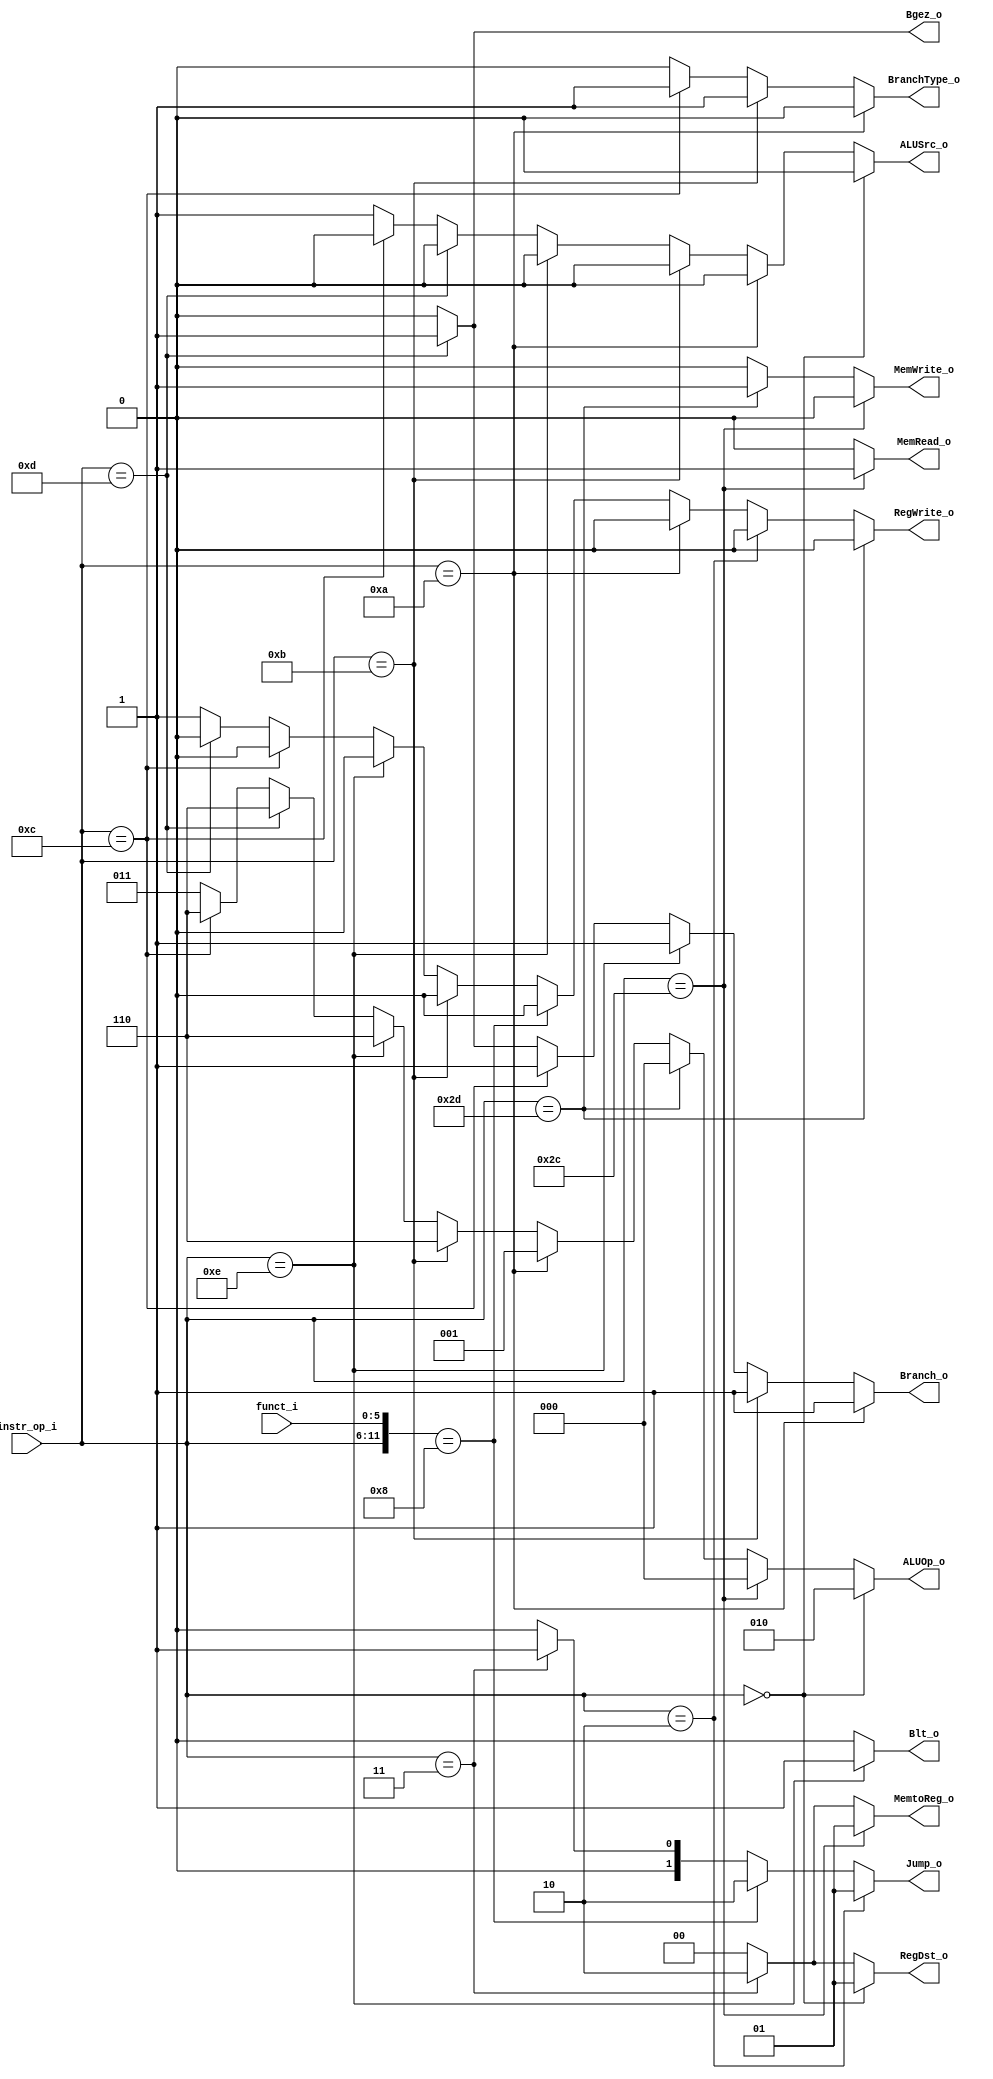
module Decoder( instr_op_i, funct_i, RegWrite_o,ALUOp_o, ALUSrc_o, RegDst_o , MemWrite_o, MemRead_o, MemtoReg_o, Branch_o, BranchType_o, Jump_o, Blt_o, Bgez_o);
     
//I/O ports
input	[6-1:0] 	instr_op_i;
input	[6-1:0]		funct_i;

output				RegWrite_o;
output	[3-1:0] 	ALUOp_o;
output				ALUSrc_o;
output	[2-1:0]		RegDst_o;

//Lab3
output 				MemWrite_o;
output 				MemRead_o;
output 	[2-1:0]		MemtoReg_o;
output 				Branch_o;
output 				BranchType_o;
output 	[2-1:0]		Jump_o;
output 				Blt_o;
output 				Bgez_o;
 
//Internal Signals
wire	[3-1:0] 	ALUOp_o;
wire				ALUSrc_o;
wire				RegWrite_o;
wire	[2-1:0]		RegDst_o;

wire 				Blt_o;
wire 				Bgez_o;
wire 				MemWrite_o;
wire 				MemRead_o;
wire 	[2-1:0] 	MemtoReg_o;
wire 				Branch_o;
wire 				BranchType_o;
wire 	[2-1:0] 	Jump_o;  

//Main function
assign RegDst_o = 	(instr_op_i == 6'b000000) ? 1 :					//R-type
					(instr_op_i == 6'b000011) ? 2 :					//Jal
					(instr_op_i == 6'b001000) ? 0 : 0;				//I-type

assign RegWrite_o = (instr_op_i == 6'b101101) ? 0 :					//sw
					(instr_op_i == 6'b000010) ? 0 :					//J
					(instr_op_i == 6'b001010) ? 0 :					//beq
					({instr_op_i, funct_i} == 12'b000000001000) ? 0:	//Jr
					(instr_op_i == 6'b001011) ? 0 : 				//bne 
					(instr_op_i == 6'b001110) ? 0 :					//blt
					(instr_op_i == 6'b001100) ? 0 :					//bnez
					(instr_op_i == 6'b001101) ? 0 : 1;				//bgez-- other instr in given table need to write

assign ALUSrc_o = 	(instr_op_i == 6'b000000) ? 0 :					//R-type
					(instr_op_i == 6'b001010) ? 0 :					//beq
					(instr_op_i == 6'b001011) ? 0 :					//bne
					(instr_op_i == 6'b001110) ? 0 :					//blt
					(instr_op_i == 6'b001101) ? 0 :					//bgez
					(instr_op_i == 6'b001100) ? 0 :					//bnez
					(instr_op_i == 6'b001000) ? 1 : 1;				//I-type

assign ALUOp_o = 	(instr_op_i == 6'b000000) ? 3'b010 :			//R-type
					(instr_op_i == 6'b101100) ? 3'b000 :			//lw
					(instr_op_i == 6'b101101) ? 3'b000 :			//sw
					(instr_op_i == 6'b001010) ? 3'b001 : 			//beq
					(instr_op_i == 6'b001011) ? 3'b110 :			//bne
					(instr_op_i == 6'b001110) ? 3'b110 :			//blt
					(instr_op_i == 6'b001101) ? 3'b110 :			//bgez
					(instr_op_i == 6'b001100) ? 3'b110 :			//bnez
					(instr_op_i == 6'b001000) ? 3'b011 : 3'b011;	//ADDI : LUI

assign Blt_o = 		(instr_op_i == 6'b001110) ? 1 : 0;				//blt

assign Bgez_o = 	(instr_op_i == 6'b001101) ? 1 : 0;				//bgez

assign MemWrite_o = (instr_op_i == 6'b101100) ? 0 :					//sw
					(instr_op_i == 6'b101101) ? 1 : 0;

assign MemRead_o = 	(instr_op_i == 6'b101100) ? 1 :					//lw
					(instr_op_i == 6'b101101) ? 0 : 0; 

assign MemtoReg_o = (instr_op_i == 6'b101100) ? 1 :					//lw
					(instr_op_i == 6'b000011) ? 2 :					//Jal
					(instr_op_i == 6'b101101) ? 0 : 0;				//else
					
assign Branch_o = 	(instr_op_i == 6'b001010) ? 1 : 				//beq
					(instr_op_i == 6'b001011) ? 1 :					//bne
					(instr_op_i == 6'b001110) ? 1 :					//blt
					(instr_op_i == 6'b001100) ? 1 :					//bnez
					(instr_op_i == 6'b001101) ? 1 : 0;				//bgez
					
assign BranchType_o = (instr_op_i == 6'b001010) ? 0 : 				//beq
					(instr_op_i == 6'b001011) ? 1 : 				//bne
					(instr_op_i == 6'b001100) ? 1 : 0;				//bnez

assign Jump_o = 	(instr_op_i == 6'b000010) ? 1 :					//J
					({instr_op_i, funct_i} == 12'b000000001000) ? 2:	//Jr
					(instr_op_i == 6'b000011) ? 1 : 0; 				//Jal

endmodule